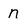
Character: n